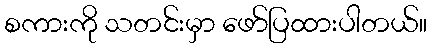
စကားကို သတင်းမှာ ဖော်ပြထားပါတယ်။